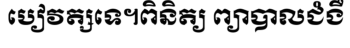
បៀវត្សទេ។ពិនិត្យ ព្យាបាលជំងឺ